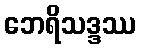
ဘေရိသဒ္ဒဿ